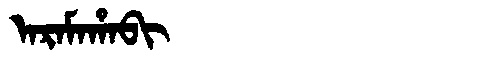
Manchu: ᠠᡵᠠᠮᠠᡥᠠᠪᡳ
Romanization: ARAMAHABI